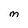
Character: m